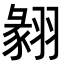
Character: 𦑙